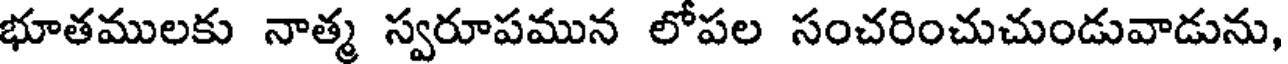
భూతములకు నాత్మ స్వరూపమున లోపల సంచరించుచుండువాడును,